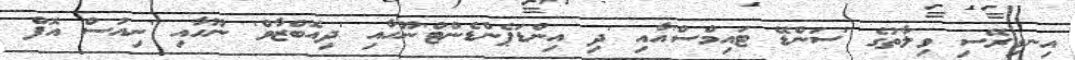
އިނގިރޭސި ވިލާތުގެ 'ސަންޑޭ ޓައިމްސް'އާއި 'ދި އިންޑަޕެންޑެންޓް'ނޫހާއި 'ދިއޮބްޒާވް' ނޫހާއި 'ނިއުސް އޮފް